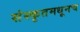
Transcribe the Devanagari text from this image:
संस्कृतमधूनच